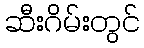
ဆီးဂိမ်းတွင်